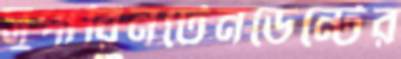
সুপারিনটেনডেন্টের